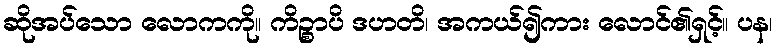
ဆိုအပ်သော လောကကို။ ကိဉ္စာပိ ဒဟတိ၊ အကယ်၍ကား လောင်၏ရှင့်။ ပန၊